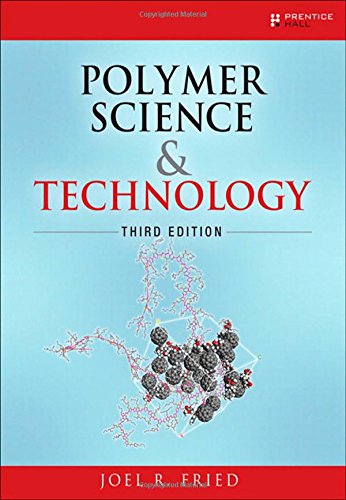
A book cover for Polymer Science and Technology (3rd Edition); Joel R. Fried; Science & Math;